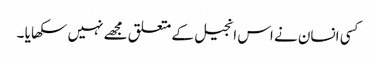
کسی انسان نے اس انجیل کے متعلق مجھے نہیں سکھا یا ۔